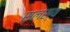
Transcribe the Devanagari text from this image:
सलस्य